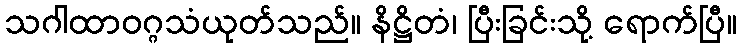
သဂါထာဝဂ္ဂသံယုတ်သည်။ နိဋ္ဌိတံ၊ ပြီးခြင်းသို့ ရောက်ပြီ။